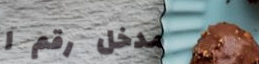
مدخل رقم ١